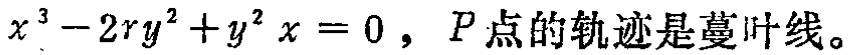
\(x^{3}-2ry^{2}+y^{2}x = 0，P点的轨迹是蔓叶线。\)